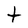
Character: t